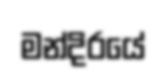
මන්දිරයේ